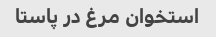
استخوان مرغ در پاستا